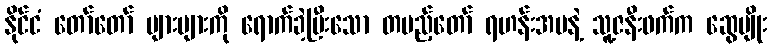
နိုင်ငံ တော်တော် များများကို ရောက်ခဲ့ပြီးသော တပည့်တော် ရဟန်းအမနဲ့ သူ့ဇနီးဖက်က ဆွေမျိုး